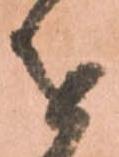
を